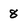
Character: 8